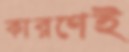
কারণেই